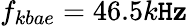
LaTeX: f_{kbae}=46.5k\mathtt{H}\mathbf{z}